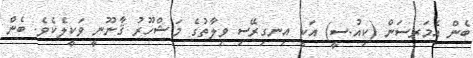
ބެން އެމަރސަން (ކިއު.ސީ) އަކީ އިނގިރޭސި ވިލާތުގެ މަޝްހޫރު ޤާނޫނީ ވަކީލެކެވެ. ބެން